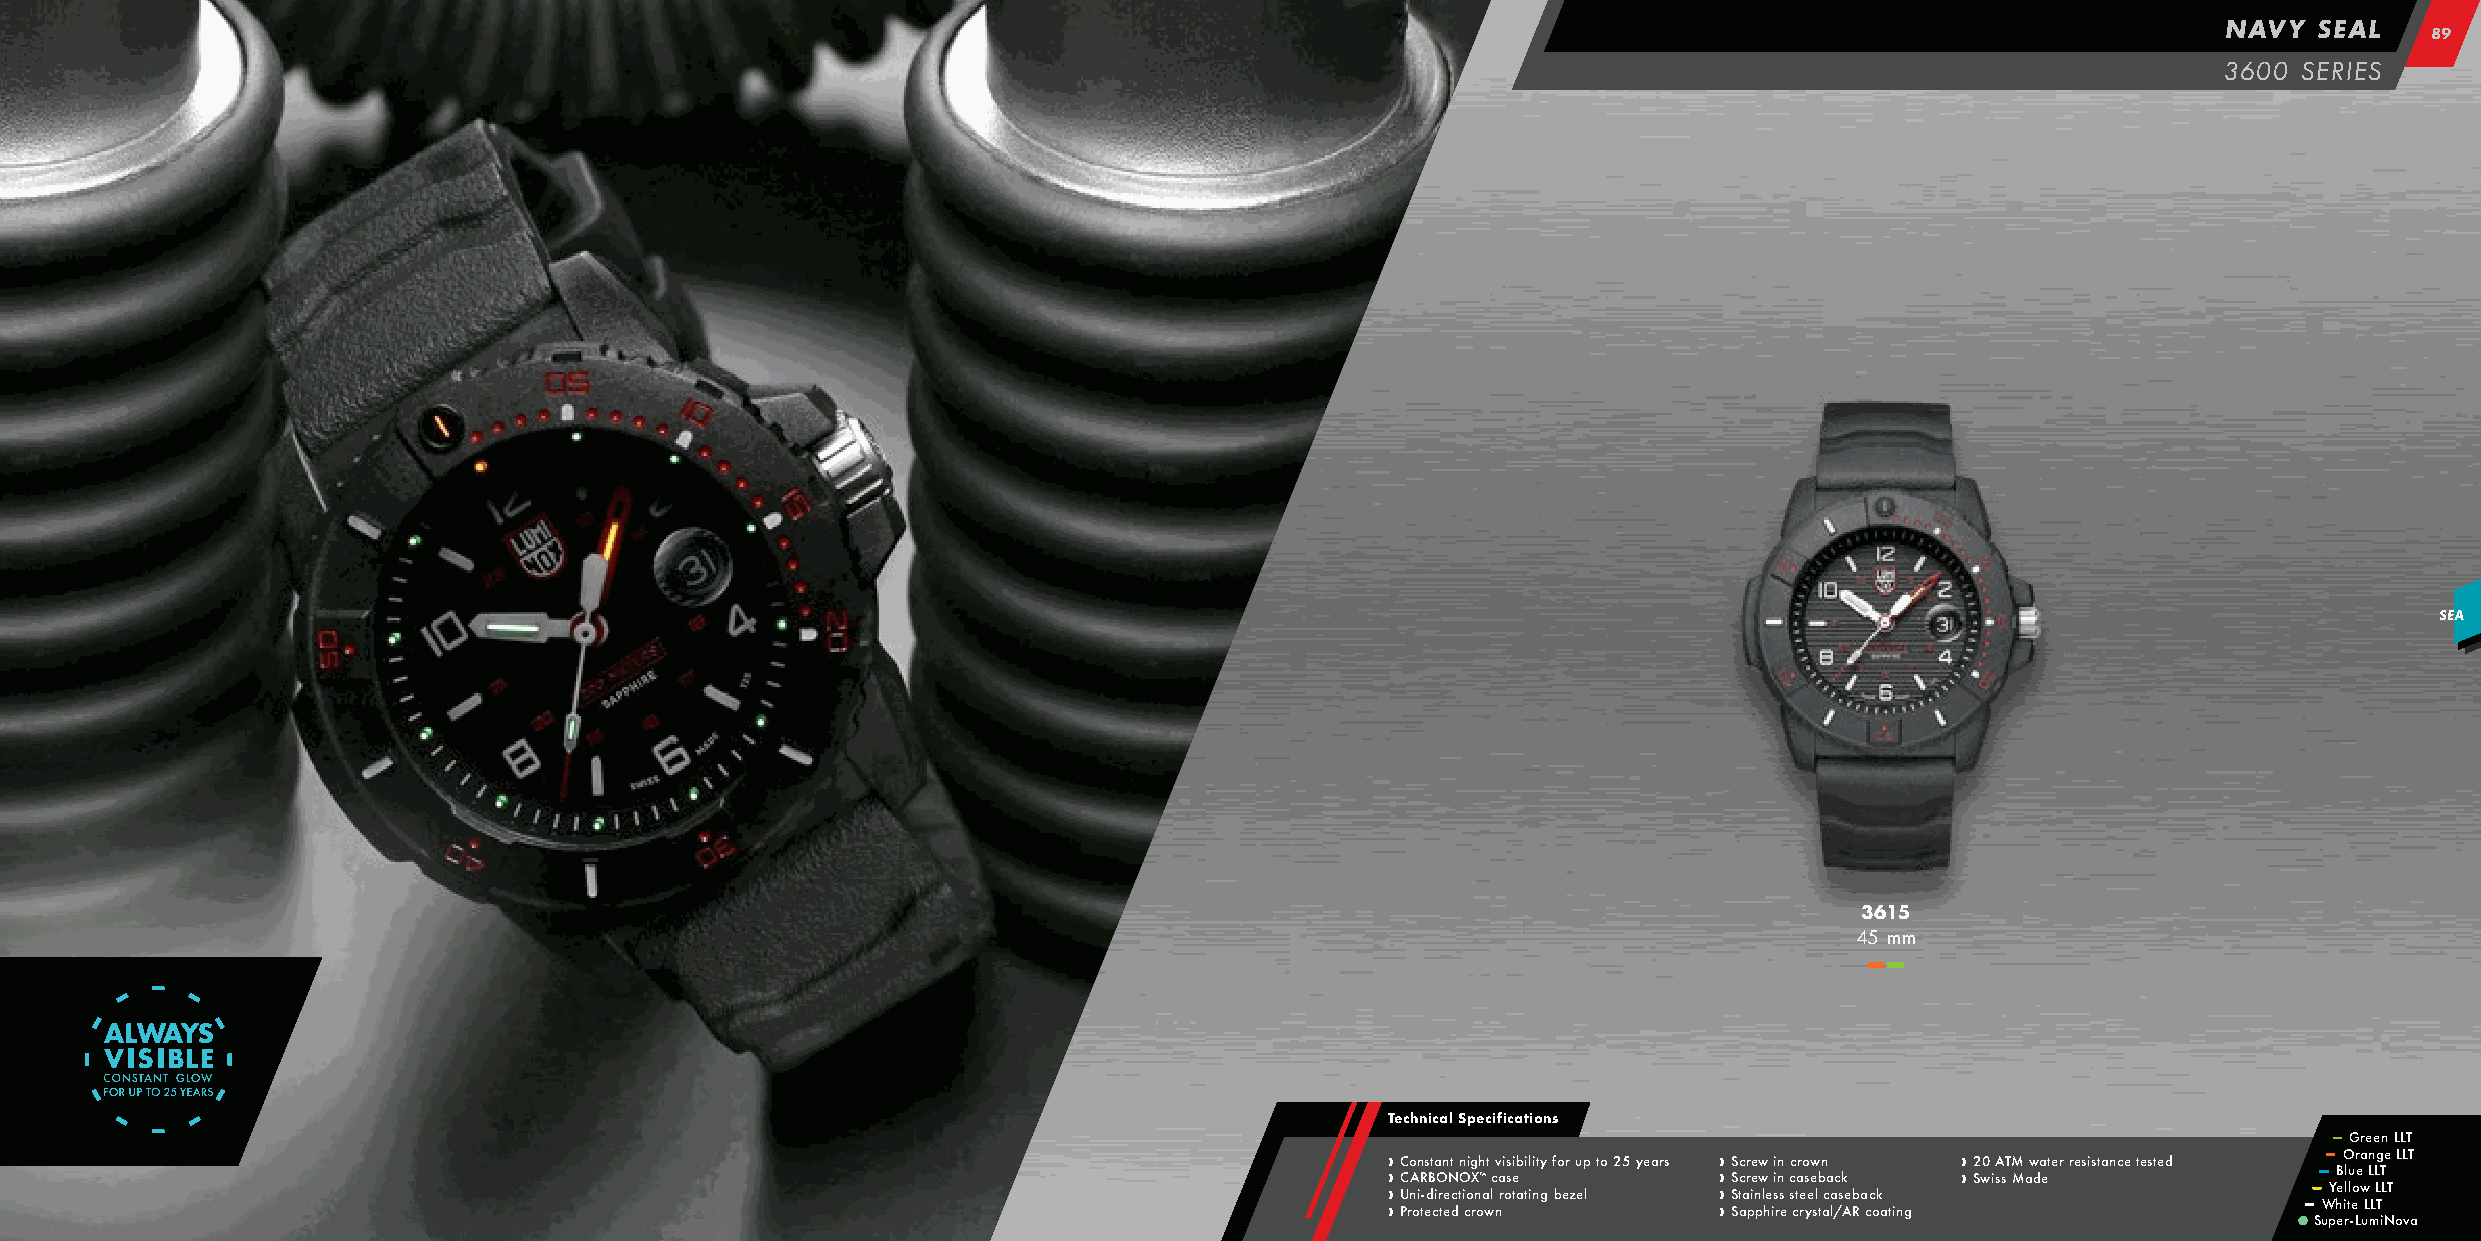
NAVY  SEAL
 8899
 3600 SERIES
 SEA
 3615
 45 mm
 –– ––
 Technical Specifications
 –– Green LLT
 ›› ›› UC PC ro A n oin R t- es dBt ca iO r ten eN dt c t On i coi rg X n oh ™ a w t l c nv a ri oss e tib ai tl ii nty g f bo er z u ep l to 25 years › › › › S S S Sc tc aar r pe e in pw w l he ii i s rn n s e c c s ctar reo s yew e slb t n aca a l/c sk Aeb Ra cc ok ating › › 2 Sw0 isA sT M M aw da eter resistance tested –– ––
 S
 –– uW –– Y
 p
 hB e eO ill rtlu -eor Le wa
 u
 LLn
 m
 LL Lg TT iL Ne T oLL vT
 a